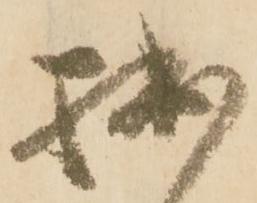
拙